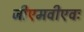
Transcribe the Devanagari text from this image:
जीएमवीएवः